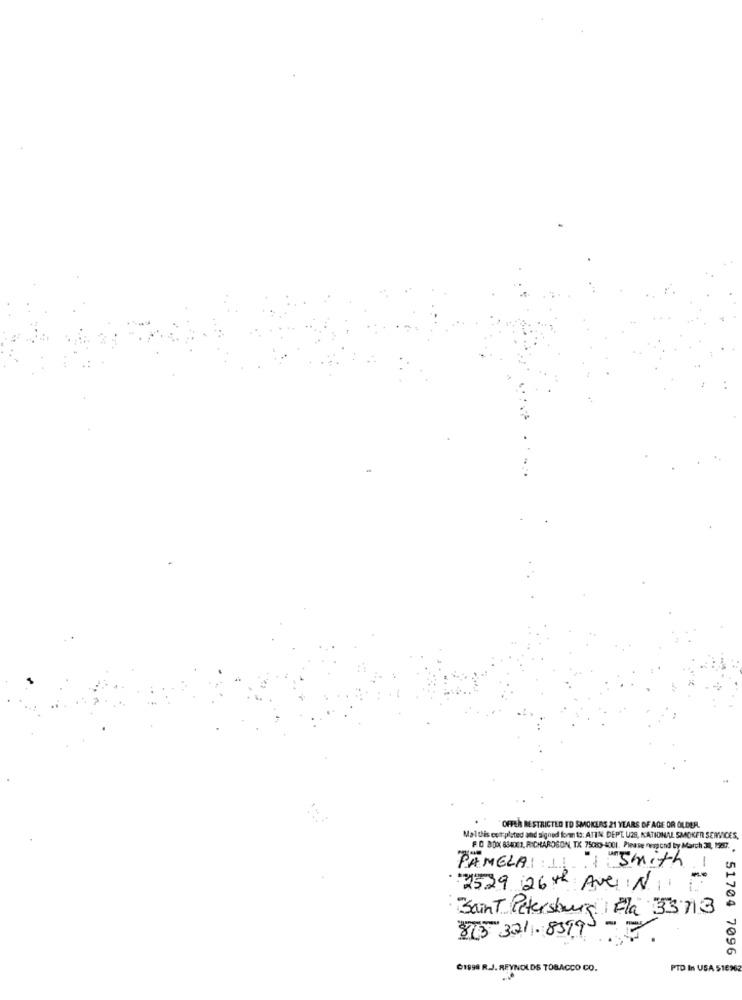
OFFER RESTRICTED TO SMOKERS 21 YEARS OF AGE OR OLDER.
Malthis est:plated and signed form to: ATTN. DEPLUS, NATIONAL SMOKER SERVICES
F. 0 80X 884001, RICHARDGON, TX 75083-4001. Please respond by March 30, 1987.
PAMELA: 1 1: Smith
-
2529 26th Ave N
Saint Petersburg Fla 33713
813 321 .8599-
51704 7096
61998 R.J. REYNOLDS TOBACCO CO.
PTD In USA 516962